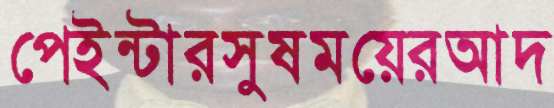
পেইন্টারসুষময়েরআদ